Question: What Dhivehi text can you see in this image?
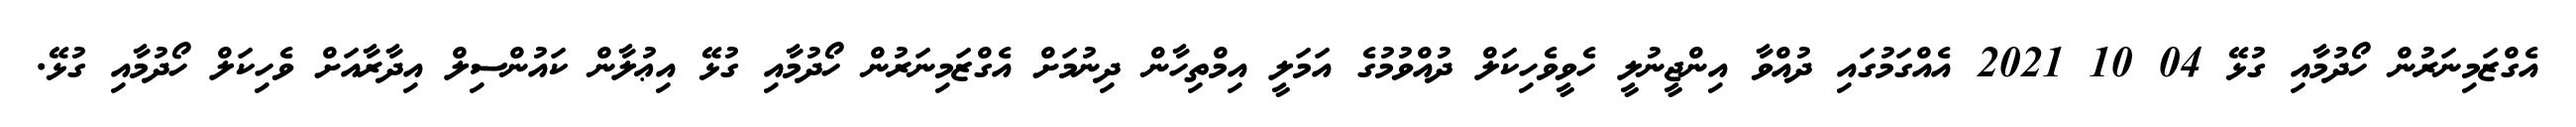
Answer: އެގްޒަމިނަރުން ހޯދުމާއި ގުޅޭ 04 10 2021 އެއްގަމުގައި ދުއްވާ އިންޖީނުލީ ހެވީވެހިކަލް ދުއްވުމުގެ އަމަލީ އިމްތިހާން ދިނުމަށް އެގްޒަމިނަރުން ހޯދުމާއި ގުޅޭ އިޢުލާން ކައުންސިލް އިދާރާއަށް ވެހިކަލް ހޯދުމާއި ގުޅޭ.